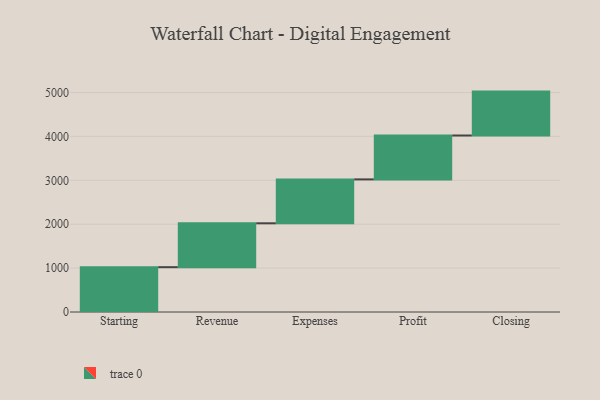
{"axis": {"x": "Step", "y": "Value"}, "legend": [""], "data": [{"x": "Starting", "y": 1021.0, "type": ""}, {"x": "Revenue", "y": 1000, "type": ""}, {"x": "Expenses", "y": 1000, "type": ""}, {"x": "Profit", "y": 1000, "type": ""}, {"x": "Closing", "y": 1000, "type": ""}]}